Lunatic asylums Central Provinces reports 1874-1885 - 1874-1885
Year: 1874
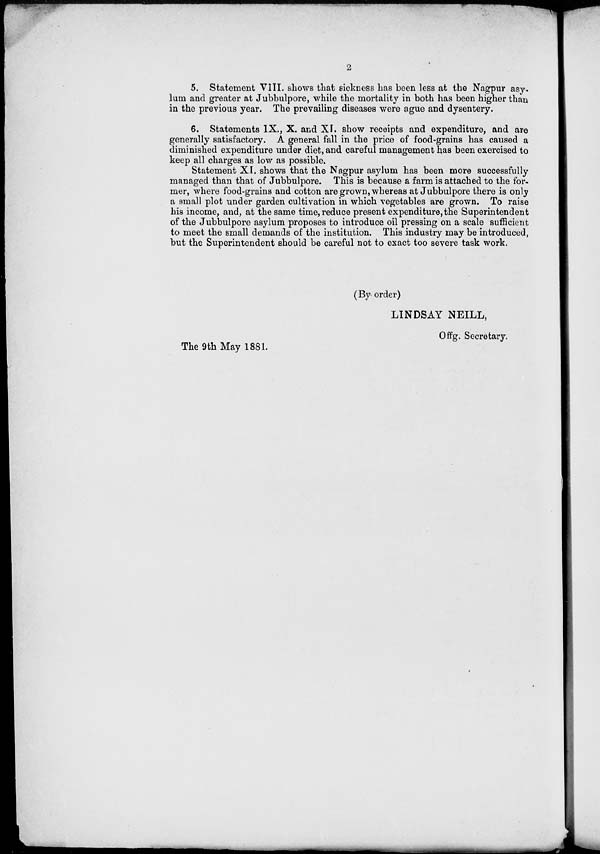
2
5. Statement VIII. shows that sickness has been less at the Nagpur asy.
lum and greater at Jubbulpore, while the mortality in both has been higher than
in the previous year. The prevailing diseases were ague and dysentery.
6. Statements IX., X. and XI. show receipts and expenditure, and are
generally satisfactory. A general fall in the price of food-grains has caused a
diminished expenditure under diet, and careful management has been exercised to
keep all charges as low as possible.
Statement XI. shows that the Nagpur asylum has been more successfully
managed than that of Jubbulpore. This is because a farm is attached to the for-
mer, where food-grains and cotton are grown, whereas at Jubbulpore there is only
a small plot under garden cultivation in which vegetables are grown. To raise
his income, and, at the same time, reduce present expenditure, the Superintendent
of the Jubbulpore asylum proposes to introduce oil pressing on a scale sufficient
to meet the small demands of the institution. This industry may be introduced,
but the Superintendent should be careful not to exact too severe task work.
(By order)
LINDSAY NEILL,
Offg. Secretary.
The 9th May 1881.